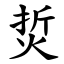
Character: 烲